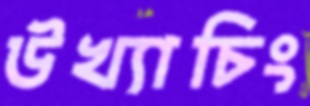
উখ্যাচিং